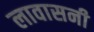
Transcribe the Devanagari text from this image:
लावासनी